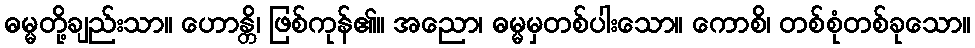
ဓမ္မတို့ချည်းသာ။ ဟောန္တိ၊ ဖြစ်ကုန်၏။ အညော၊ ဓမ္မမှတစ်ပါးသော။ ကောစိ၊ တစ်စုံတစ်ခုသော။